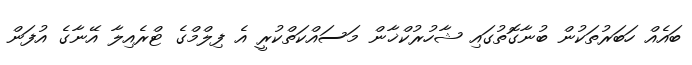
ބައެއް ހަބަރުތަކުން ބުނާގޮތުގައި ޝާހުރުކްޚާން މަސައްކަތްކުރީ އެ ފިލްމްގެ ޓްރެއިލާ އޭނާގެ އުފަން